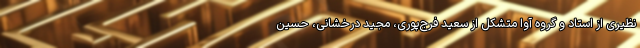
نظیری از استاد و گروه آوا متشکل از سعید فرج‌پوری، مجید درخشانی، حسین